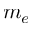
m _ { e }